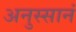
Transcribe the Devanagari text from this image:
अनुस्सानं